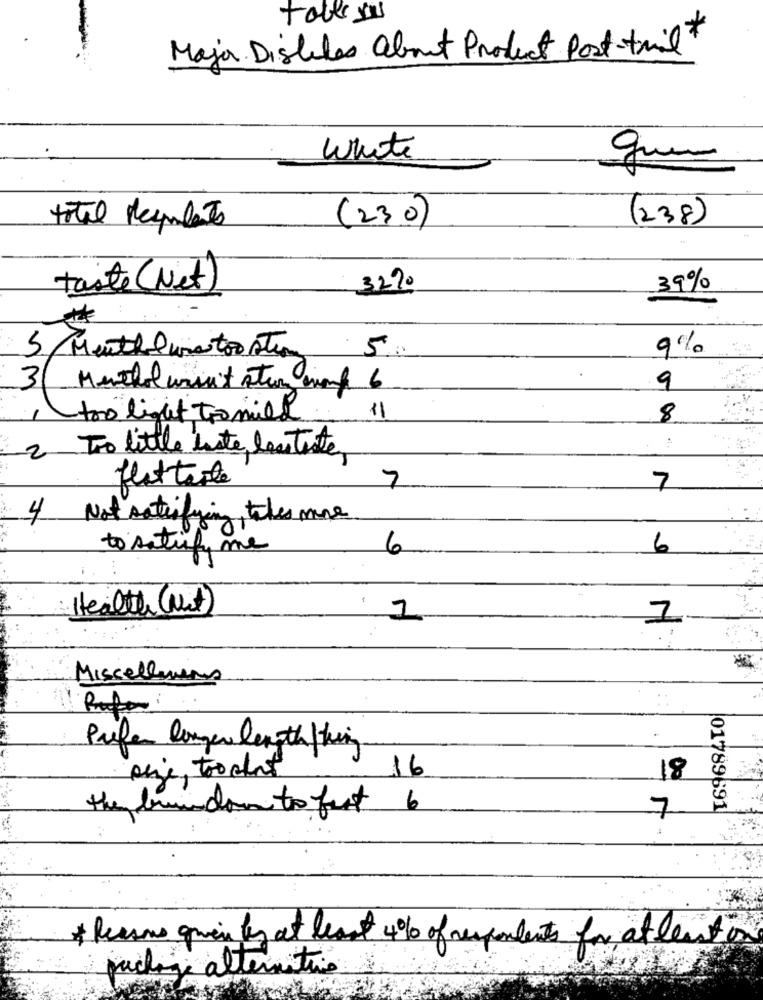
Maja Dislikes about Product Post-tril*
White
(230)
(238)
total desplats
taste (Net)
3290
39%
9%
5 Muutblue too Ation 5:
3/
Menthol wasn't stun innf 6
9
11
too light tro mild
8
2 Tro little liste les teste,
flatterte
7
7
4
Not satisfying ther more
to satisfy me
6
6
Health (Not)
Miscellaneous
Pufer longer length /hing
16
pije, toodon't
18
they brandon to fest 6
7
01789691
* Reasons gwen by at least 4% of respondents for at least is
puchange alternativo